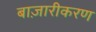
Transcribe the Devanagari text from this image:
बाज़ारीकरण